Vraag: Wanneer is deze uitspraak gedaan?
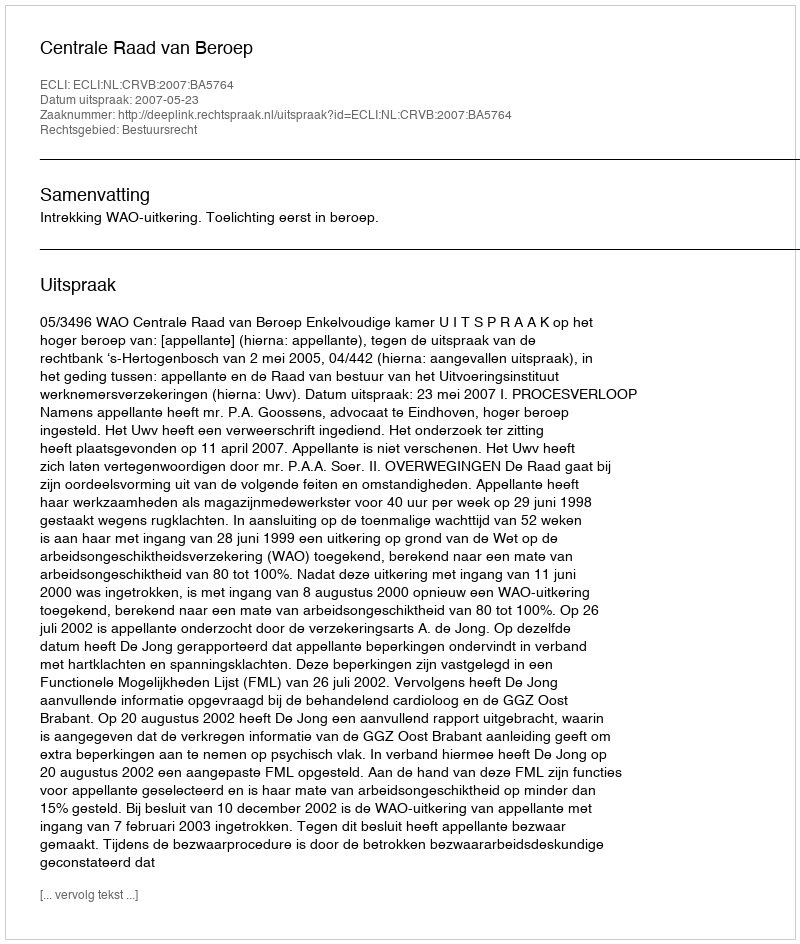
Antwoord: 2007-05-23